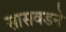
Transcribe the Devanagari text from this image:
सासवडने